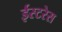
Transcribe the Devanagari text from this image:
ईस्टरेस